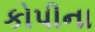
કોપીના